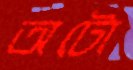
অটো